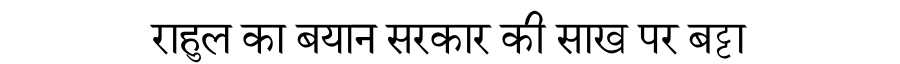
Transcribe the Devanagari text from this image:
राहुल का बयान सरकार की साख पर बट्टा